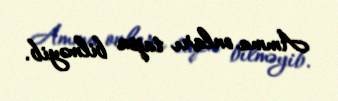
Amma onları tapa bilməyib.